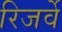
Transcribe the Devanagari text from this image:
रिजर्वे